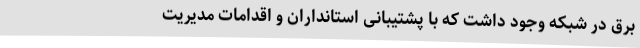
برق در شبکه وجود داشت که با پشتیبانی استانداران و اقدامات مدیریت